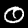
Digit: 0